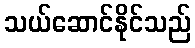
သယ်ဆောင်နိုင်သည်